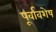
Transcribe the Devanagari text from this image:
पूर्वावशेष